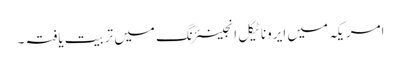
امریکہ میں ایروناٹیکل انجینئرنگ میں تربیت یافتہ ۔